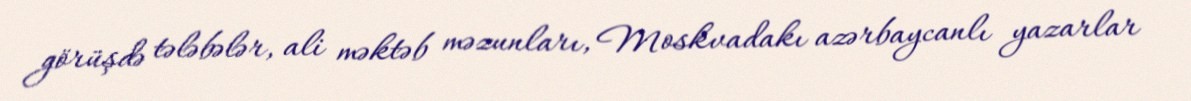
görüşdə tələbələr, ali məktəb məzunları, Moskvadakı azərbaycanlı yazarlar